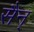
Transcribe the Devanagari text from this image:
सैन्